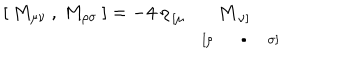
LaTeX: [ \: M _ { \mu \nu } \: , \: M _ { \rho \sigma } \: ] = - 4 \: \eta _ { \begin{array} { c c } { { [ \mu } } & { { } } \\ { { } } & { { [ \rho } } \\ \end{array} } M _ { \begin{array} { c c } { { \nu ] } } & { { } } \\ { { \bullet } } & { { \sigma ] } } \\ \end{array} }